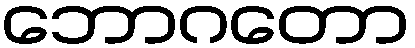
ဘောဂတော